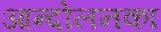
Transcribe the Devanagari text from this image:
आन्दोलनका